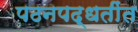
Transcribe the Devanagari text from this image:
पठनपद्धतींत